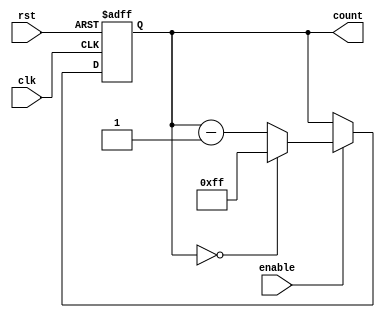
module ModuloN_Down_Counter(
    input wire clk,
    input wire rst,
    input wire enable,
    output reg [7:0] count
);

// Modulo-N parameter
parameter N = 255; // Predetermined value N

// Synchronous counter logic
always @(posedge clk or posedge rst) begin
    if (rst) begin
        count <= N;
    end else if (enable) begin
        if (count == 0) begin
            count <= N;
        end else begin
            count <= count - 1;
        end
    end
end

endmodule